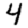
Digit: 4